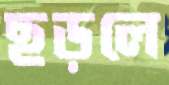
ছড়লে